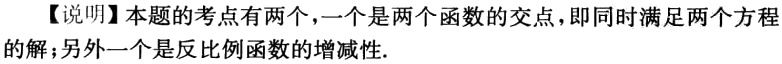
【说明】本题的考点有两个，一个是两个函数的交点，即同时满足两个方程的解；另外一个是反比例函数的增减性.